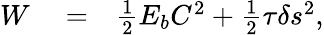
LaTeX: \begin{array}{rlr}{W}&{{}=}&{\frac{1}{2}E_{b}C^{2}+\frac{1}{2}\tau\delta s^{2},}\end{array}